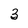
Character: 3